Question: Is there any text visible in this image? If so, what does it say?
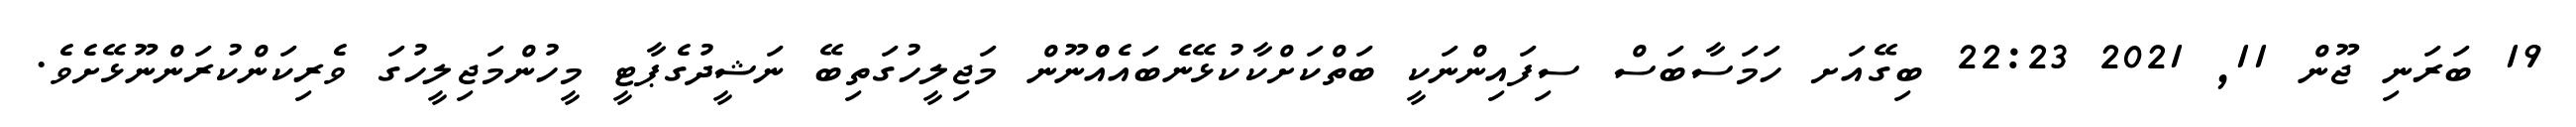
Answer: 19 ބަރަނި ޖޫން 11, 2021 22:23 ބިގޭއަށ ހަމަސާބަސް ސިފައިންނަކީ ބަތްކަށްކާކުޅޭނެބައެއްްނޫން މަޖިލީހުގަތިބޭ ނަޝީދުގެޕާޓީ މީހުންމަޖިލީހުގަ ވެރިކަންކުރަންނޫޅޭށެވެ.